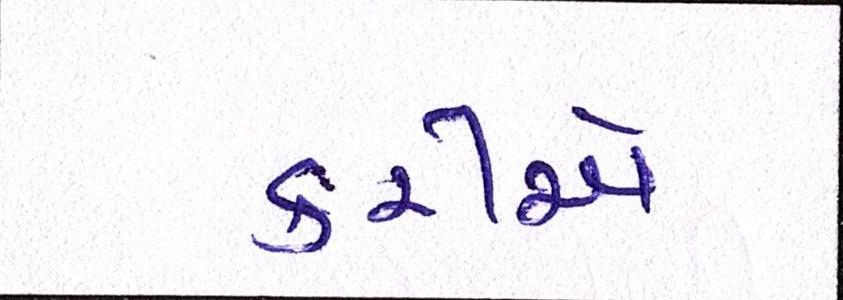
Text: કરીએ